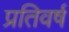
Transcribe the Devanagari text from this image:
प्रतिवर्ष